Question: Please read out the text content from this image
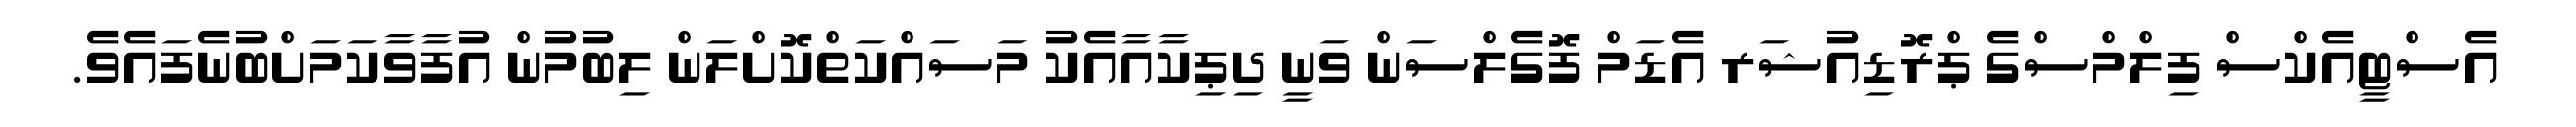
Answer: އެސްޓީއެކްސް ފިލްމްސްގެ ޕްރޮޑިއުޝަރ އެޑަމް ފޮގެލްސަން ވަނީ ދިޕިކާއާއެކު މަސައްކަތްކޮށްލަން ލިބުމުން އުފާވާކަމަށްބުނެފައެވެ.